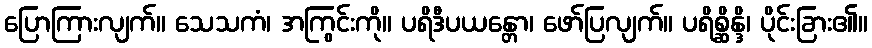
ပြောကြားလျက်။ သေသကံ၊ အကြွင်းကို။ ပရိဒီပယန္တော၊ ဖော်ပြလျက်။ ပရိစ္ဆိန္ဒိ၊ ပိုင်းခြား၏။